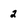
Character: 2